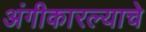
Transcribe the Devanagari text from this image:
अंगीकारल्याचे